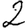
Digit: 2